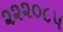
૨૨૨૦૮૫